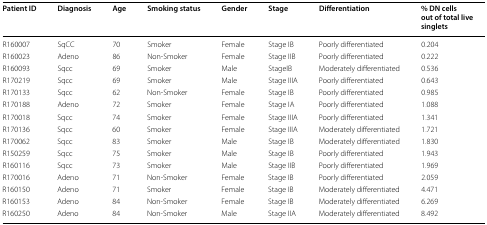
| Patient ID | Diagnosis | Age | Smoking status | Gender | Stage | Differentiation | % DN cells out of total live singlets |
 | --- | --- | --- | --- | --- | --- | --- | --- |
 | R160007 | SqCC | 70 | Smoker | Female | Stage IB | Poorly differentiated | 0.204 |
 | R160023 | Adeno | 86 | Non-Smoker | Female | Stage IIB | Poorly differentiated | 0.222 |
 | R160093 | Sqcc | 69 | Smoker | Male | StageIB | Moderately differentiated | 0.536 |
 | R170219 | Sqcc | 69 | Smoker | Male | Stage IIIA | Poorly differentiated | 0.643 |
 | R170133 | Sqcc | 62 | Non-Smoker | Female | Stage IB | Poorly differentiated | 0.985 |
 | R170188 | Adeno | 72 | Smoker | Female | Stage IA | Poorly differentiated | 1.088 |
 | R170018 | Sqcc | 74 | Smoker | Female | Stage IIIA | Poorly differentiated | 1.341 |
 | R170136 | Sqcc | 60 | Smoker | Female | Stage IIIA | Moderately differentiated | 1.721 |
 | R170062 | Sqcc | 83 | Smoker | Male | Stage IB | Moderately differentiated | 1.830 |
 | R150259 | Sqcc | 75 | Smoker | Male | Stage IB | Poorly differentiated | 1.943 |
 | R160116 | Sqcc | 73 | Smoker | Male | Stage IIB | Poorly differentiated | 1.969 |
 | R170016 | Adeno | 71 | Non-Smoker | Female | Stage IB | Poorly differentiated | 2.059 |
 | R160150 | Adeno | 71 | Smoker | Female | Stage IB | Moderately differentiated | 4.471 |
 | R160153 | Adeno | 84 | Non-Smoker | Female | Stage IB | Moderately differentiated | 6.269 |
 | R160250 | Adeno | 84 | Non-Smoker | Male | Stage IIA | Moderately differentiated | 8.492 |